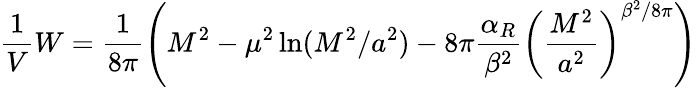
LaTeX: \frac{1}{V}W=\frac{1}{8\pi}\left(M^{2}-\mu^{2}\ln(M^{2}/a^{2})-8\pi\frac{\alpha_{R}}{\beta^{2}}\left(\frac{M^{2}}{a^{2}}\right)^{\beta^{2}/8\pi}\right)